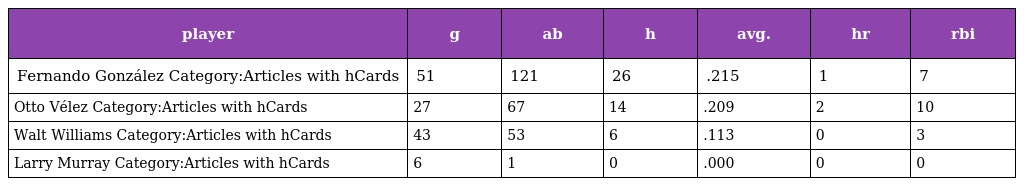
| player | g | ab | h | avg. | hr | rbi |
 | --- | --- | --- | --- | --- | --- | --- |
 | Fernando González Category:Articles with hCards | 51 | 121 | 26 | .215 | 1 | 7 |
 | Otto Vélez Category:Articles with hCards | 27 | 67 | 14 | .209 | 2 | 10 |
 | Walt Williams Category:Articles with hCards | 43 | 53 | 6 | .113 | 0 | 3 |
 | Larry Murray Category:Articles with hCards | 6 | 1 | 0 | .000 | 0 | 0 |